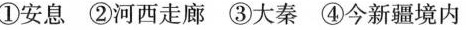
①安息②河西走廊③大秦④今新疆境内